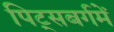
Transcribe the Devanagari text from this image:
पिट्सबर्गमें